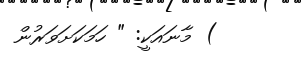
) މާނައަކީ: " ހަމަކަށަވަރުން